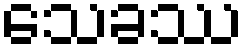
သေခဿ